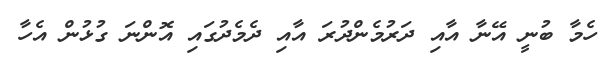
ހެމާ ބުނީ އޭނާ އާއި ދަރުމެންދުރަ އާއި ދެމެދުގައި އޮންނަ ގުޅުން އެހާ